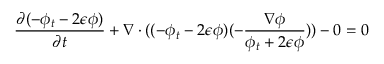
\frac { \partial ( - \phi _ { t } - 2 \epsilon \phi ) } { \partial t } + \nabla \cdot ( ( - \phi _ { t } - 2 \epsilon \phi ) ( - \frac { \nabla \phi } { \phi _ { t } + 2 \epsilon \phi } ) ) - 0 = 0